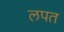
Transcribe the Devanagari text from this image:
लपत